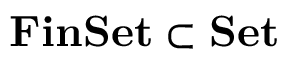
\mathbf { F i n S e t } \subset \mathbf { S e t }